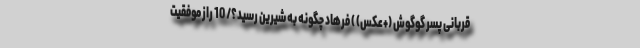
قربانی پسر گوگوش (+عکس) ) فرهاد چگونه به شیرین رسید؟/ 10 راز موفقیت